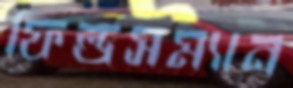
ফিল্ডসম্যান